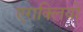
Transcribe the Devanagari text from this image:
एराक्लियो